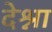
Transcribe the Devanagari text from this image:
देश्ना